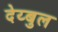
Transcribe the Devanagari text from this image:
देय्बुल